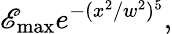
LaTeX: \mathscr{E}_{\mathrm{{max}}}e^{-(x^{2}/w^{2})^{5}},